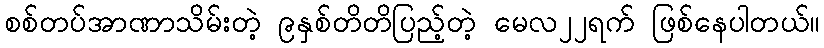
စစ်တပ်အာဏာသိမ်းတဲ့ ၉နှစ်တိတိပြည့်တဲ့ မေလ၂၂ရက် ဖြစ်နေပါတယ်။